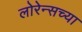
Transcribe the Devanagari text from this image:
लोरेन्सच्या